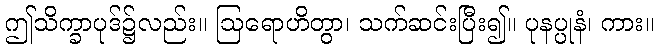
ဤသိက္ခာပုဒ်၌လည်း။ ဩရောဟိတွာ၊ သက်ဆင်းပြီး၍။ ပုနပ္ပုနံ၊ ကား။